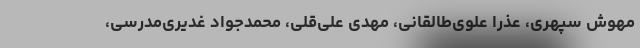
مهوش سپهری، عذرا علوی‌طالقانی، مهدی علی‌قلی، محمدجواد غدیری‌مدرسی،